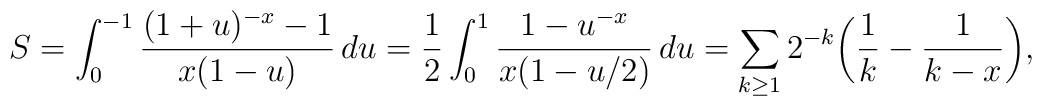
S = \int_0^{-1} \frac{(1+u)^{-x}-1}{x(1-u)}\,du  = \frac{1}{2}\int_0^1 \frac{1-u^{-x}}{x(1-u/2)}\,du  = \sum_{k\ge 1} 2^{-k}\bigg(\frac{1}{k}-\frac{1}{k-x}\bigg),